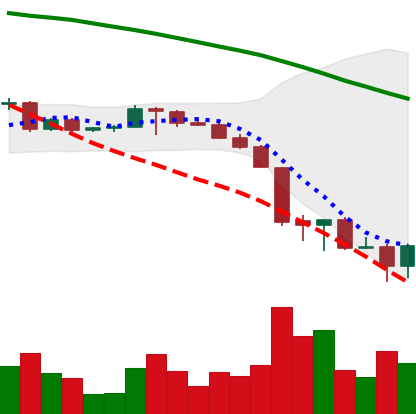
Ticker: BTC-USD
Chart end date: 2022-06-19
Forward return: 3.301%
Label: up_3_5